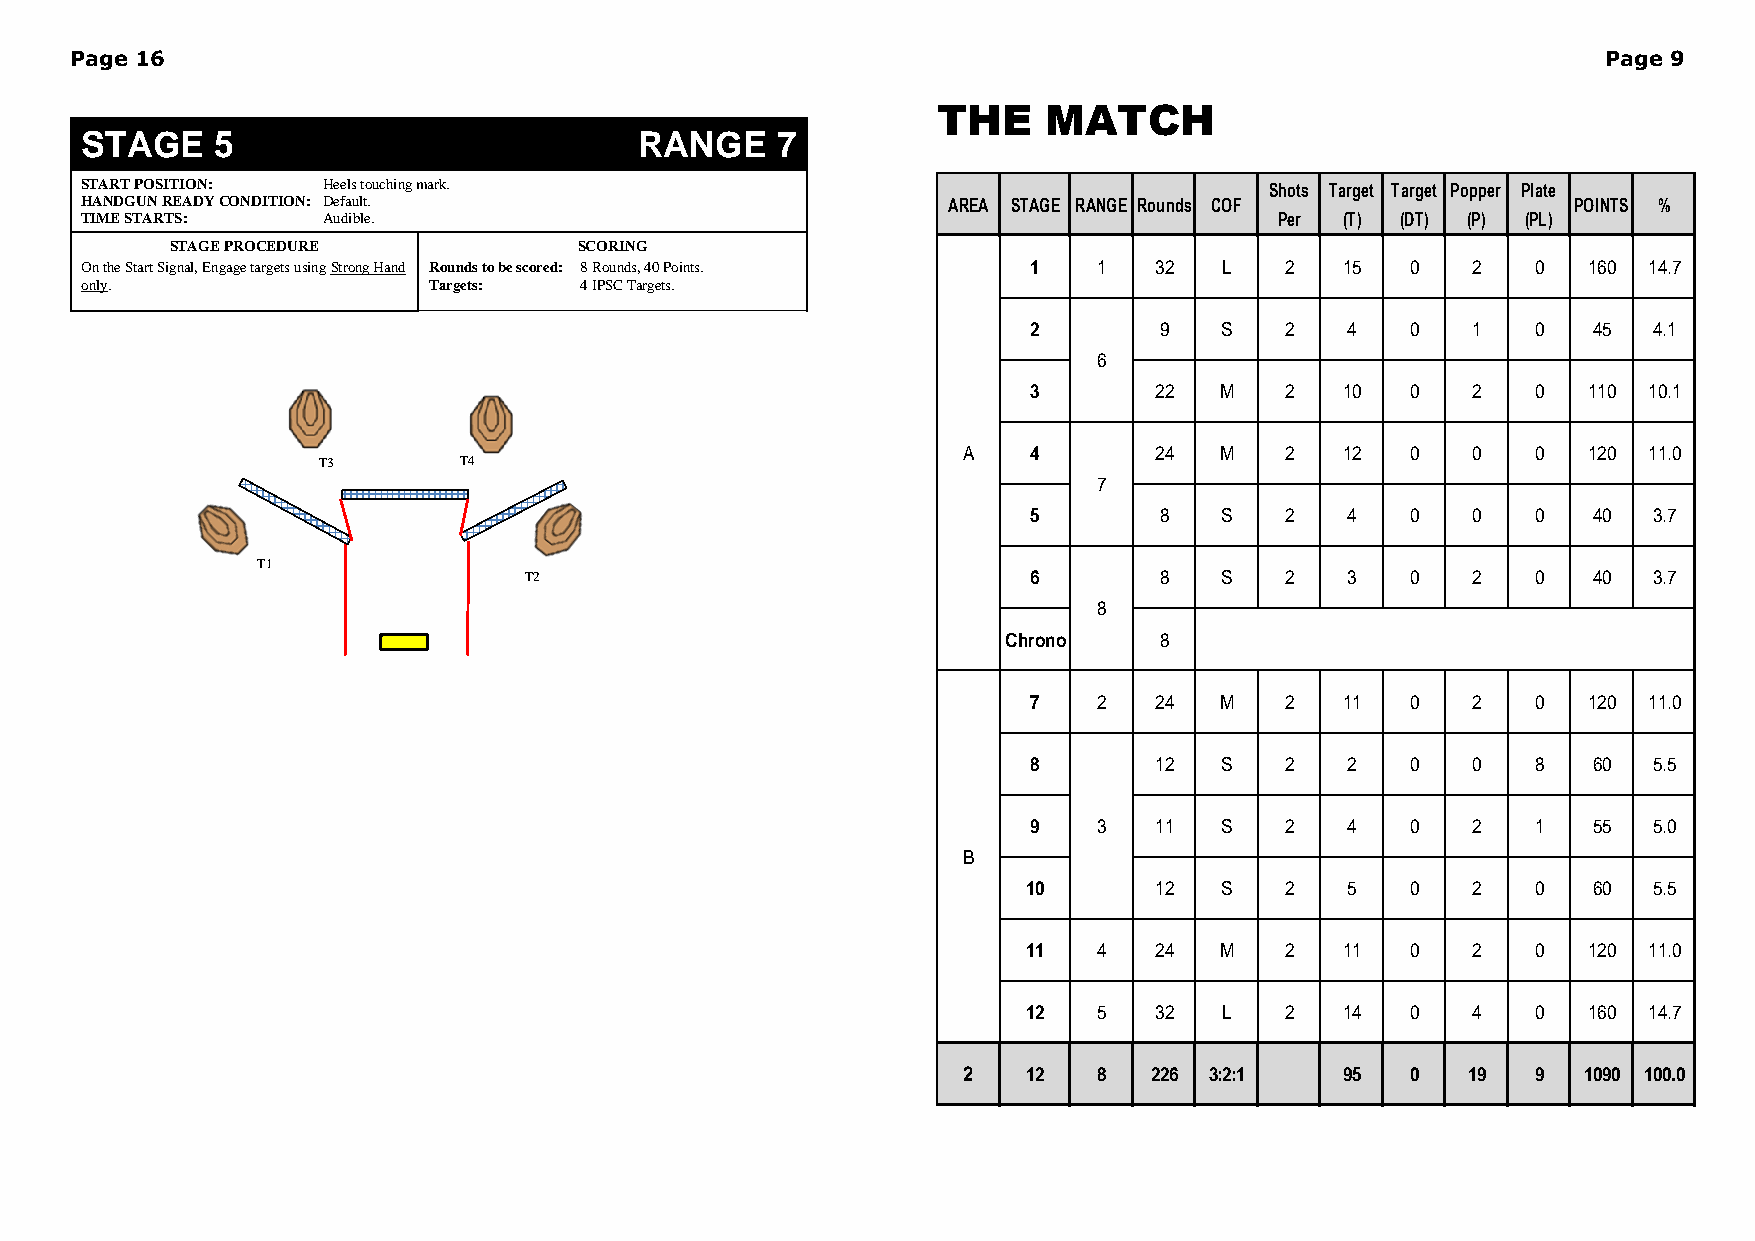
Page 16                                                                                              Page 9
 THE    MATCH
 Shots Target Target Popper Plate
 AREA STAGE RANGE Rounds COF              POINTS %
 Per (T) (DT) (P) (PL)
 1    1  32   L   2   15  0   2    0  160 14.7
 2        9   S   2   4   0   1    0  45  4.1
 6
 3       22   M   2   10  0   2    0  110 10.1
 A   4       24   M   2   12  0   0    0  120 11.0
 7
 5        8   S   2   4   0   0    0  40  3.7
 6        8   S   2   3   0   2    0  40  3.7
 8
 Chrono     8
 7    2  24   M   2   11  0   2    0  120 11.0
 8       12   S   2   2   0   0    8  60  5.5
 9    3  11   S   2   4   0   2    1  55  5.0
 B
 10      12   S   2   5   0   2    0  60  5.5
 11   4  24   M   2   11  0   2    0  120 11.0
 12   5  32   L   2   14  0   4    0  160 14.7
 2   12   8  226 3:2:1    95  0   19   9  1090 100.0
 S
 SHT
 Oo
 T A G E 5
 T A R T P O S IT IO N :
 A N D G U N R E A D Y C O N D IT IO N :
 IM E S T A R T S :
 S T A G E P R O C E D U R E
 n th e S ta rt S ig n a l, E n g a g e ta rg e ts u sinn
 ly .
 T 1
 H e e ls to u c h inD
 e fa u lt.
 A u d ib le .
 g S tro n g H a n d
 T 3
 g m a rk
 R oT
 a
 .
 u n d s to br
 g e ts:
 T 4
 e sc o r e
 T 2
 d :
 R A
 S C O R IN G
 8 R o u n d s, 4 0 P o in4
 IP S C T a rg e ts.
 N
 ts.
 G E 7